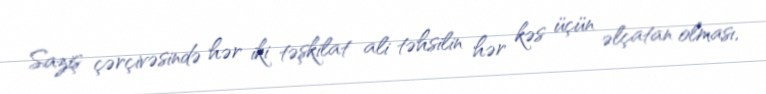
Saziş çərçivəsində hər iki təşkilat ali təhsilin hər kəs üçün əlçatan olması,